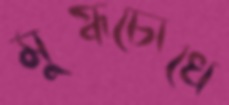
মুগ্ধচোখে